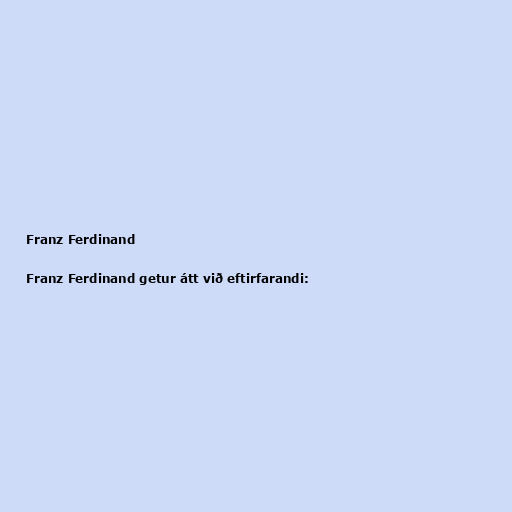
Franz Ferdinand

Franz Ferdinand getur átt við eftirfarandi: